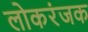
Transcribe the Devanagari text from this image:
लोकरंजक